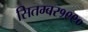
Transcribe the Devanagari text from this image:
सितम्बर१९९०